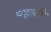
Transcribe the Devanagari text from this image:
पहाटी